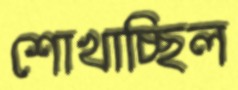
শোখাচ্ছিল